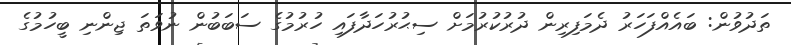
ތަދުވުން: ބައެއްފަހަރު ދެމަފިރިން ދުރުކުރުމަށް ސިޙުރުހަދާފައި ހުރުމުގެ ސަބަބުން ނުވަތަ ޖިންނި ބީހުމުގެ